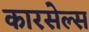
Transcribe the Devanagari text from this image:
कारसेल्स